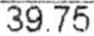
39.75